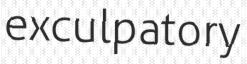
exculpatory